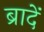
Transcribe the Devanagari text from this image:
ब्रादें